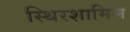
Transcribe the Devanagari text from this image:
स्थिरशामिल